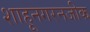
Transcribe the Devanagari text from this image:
शाहूनगरनजीक